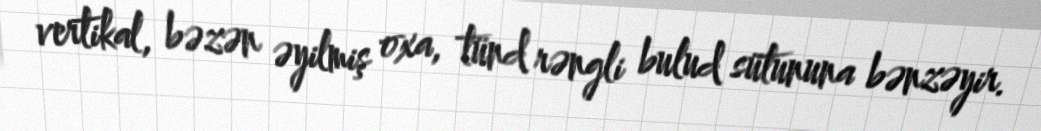
vertikal, bəzən əyilmiş oxa, tünd rəngli bulud sütununa bənzəyir.